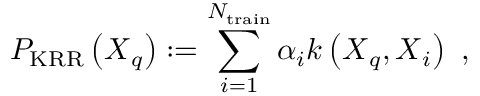
P _ { \mathrm { K R R } } \left( \boldsymbol { X } _ { q } \right) : = \sum _ { i = 1 } ^ { N _ { \mathrm { t r a i n } } } \alpha _ { i } k \left( \boldsymbol { X } _ { q } , \boldsymbol { X } _ { i } \right) ~ ,